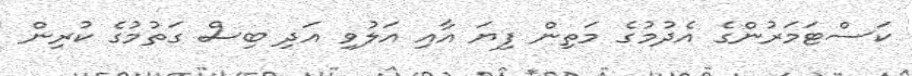
ކަސްޓަމަރުންގެ އެދުމުގެ މަތިން ފިޔަ އާއި އަލުވި އަދި ބިސް ގަތުމުގެ ކުރިން